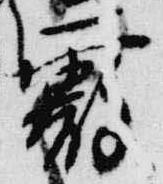
霰